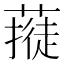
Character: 𱾥